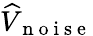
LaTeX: \widehat{V}_{\mathrm{~n~o~i~s~e~}}